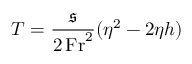
T = \frac { \mathfrak { s } } { 2 \, \mathrm { F r } ^ { 2 } } ( \eta ^ { 2 } - 2 \eta h )